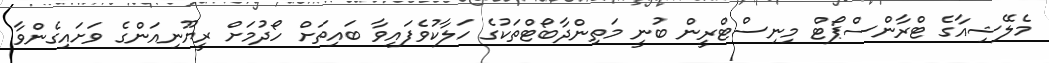
މެލޭޝިއާގެ ޓްރާންސްޕޯޓް މިނިސްޓްރީން ބުނީ މަތިންދާބޯޓްތަކުގެ ހަލާކުވެފައިވާ ބައިތަށް ހޯދުމަށް ރީޔޫނިއަންގެ ވަށައިގެންވާ